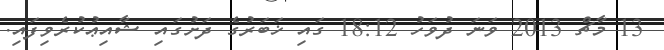
13 މާޗް 2013 ވަނަ ދުވަހު 18:12 ގައި ޚަބަރުގެ ދަށުގައި ޝާއިޢުކުރެވިފައި.